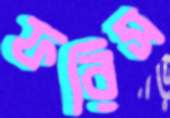
ফরিস